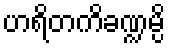
ဟရိတကိခဏ္ဍမ္ပိ